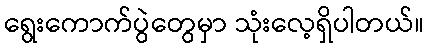
ရွေးကောက်ပွဲတွေမှာ သုံးလေ့ရှိပါတယ်။